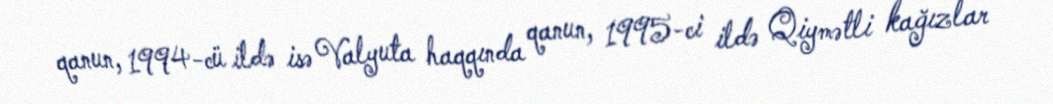
qanun, 1994-cü ildə isə Valyuta haqqında qanun, 1995-ci ildə Qiymətli kağızlar